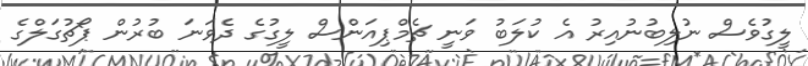
ލީގުވެސް ނުލިބުނުއިރު އެ ކުލަބު ވަނީ ޗެމްޕިއަންސް ލީގުގެ ދެވަނަ ބުރުން ޕޯޗުގަލްގެ